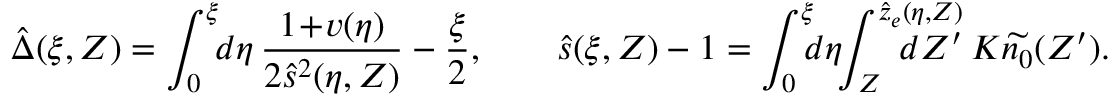
\hat { \Delta } ( \xi , Z ) = \int _ { 0 } ^ { \xi } \! \! d \eta \, \frac { 1 \! + \! v ( \eta ) } { 2 \hat { s } ^ { 2 } ( \eta , Z ) } - \frac { \xi } 2 , \qquad \hat { s } ( \xi , Z ) - 1 = \int _ { 0 } ^ { \xi } \! \! \! d \eta \! \! \int _ { Z } ^ { \hat { z } _ { e } ( \eta , Z ) } \! \! \! \! \! \! \! \! \! \! \! \! d Z ^ { \prime } \: K \widetilde { n _ { 0 } } ( Z ^ { \prime } ) .